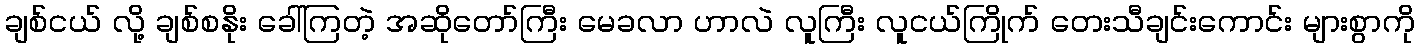
ချစ်ငယ် လို့ ချစ်စနိုး ခေါ်ကြတဲ့ အဆိုတော်ကြီး မေခလာ ဟာလဲ လူကြီး လူငယ်ကြိုက် တေးသီချင်းကောင်း များစွာကို